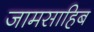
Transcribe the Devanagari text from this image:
जामसाहिब